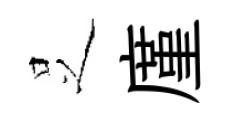
𠯁廑